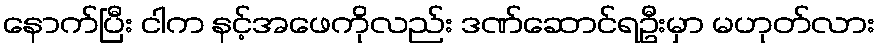
နောက်ပြီး ငါက နင့်အဖေကိုလည်း ဒဏ်ဆောင်ရဦးမှာ မဟုတ်လား